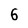
Character: 6